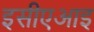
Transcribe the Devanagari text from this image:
इसीएआइ